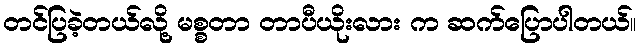
တင်ပြခဲ့တယ်လို့ မစ္စတာ တာပီယိုးလား က ဆက်ပြောပါတယ်။